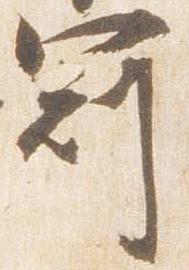
冠